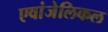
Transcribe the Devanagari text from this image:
एवांजेलिकल